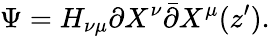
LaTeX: \Psi=H_{\nu\mu}\partial X^{\nu}\bar{\partial}X^{\mu}(z^{\prime}).